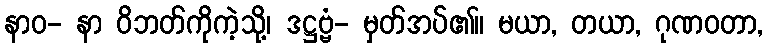
နာဝ- နာ ဝိဘတ်ကိုကဲ့သို့၊ ဒဋ္ဌဗ္ဗံ- မှတ်အပ်၏။ မယာ, တယာ, ဂုဏဝတာ,